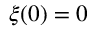
\xi ( 0 ) = 0